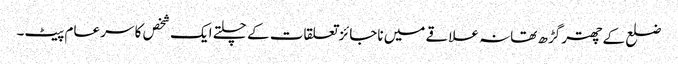
ضلع کے چھتر گڑھ تھانہ علاقے میں ناجائز تعلقات کے چلتے ایک شخص کا سر عام پیٹ۔